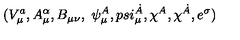
( V _ { \mu } ^ { a } , A _ { \mu } ^ { \alpha } , B _ { \mu \nu } , \ \psi _ { \mu } ^ { A } , p s i _ { \mu } ^ { \dot { A } } , \chi ^ { A } , \chi ^ { \dot { A } } , e ^ { \sigma } )